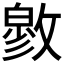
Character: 𰕓